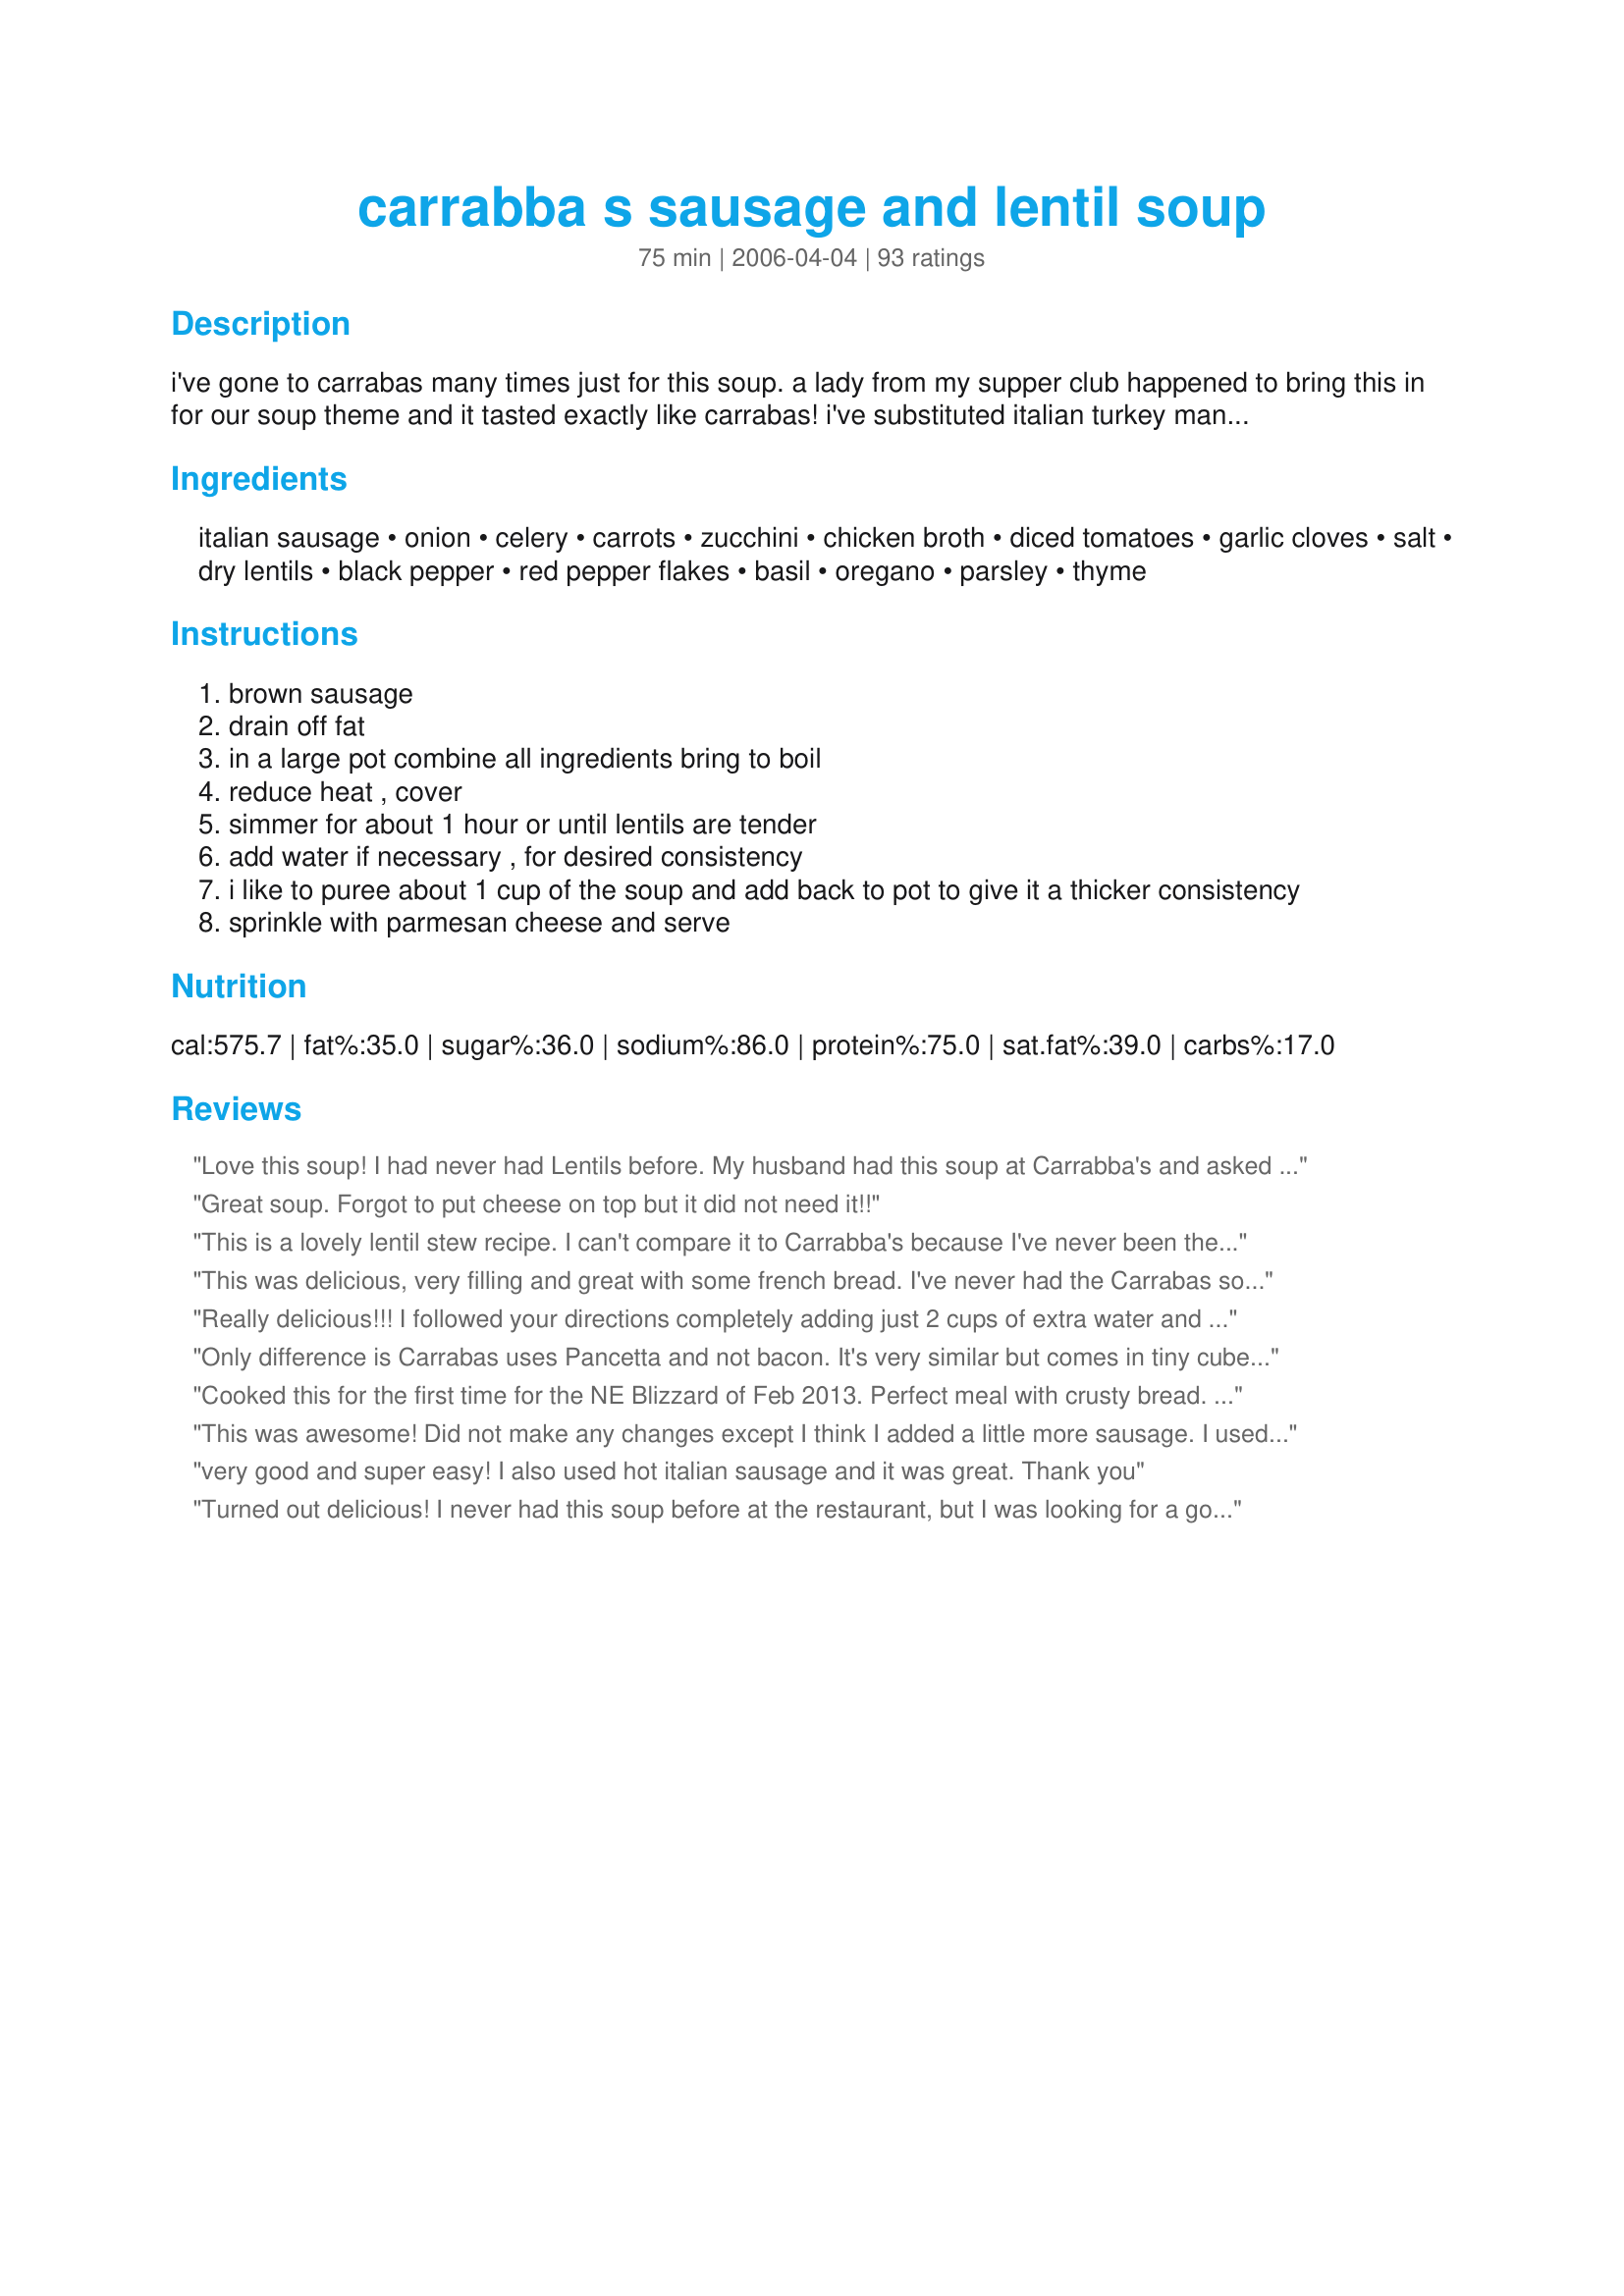
carrabba s sausage and lentil soup
Preparation time: 75 minutes

i've gone to carrabas many times just for this soup. a lady from my supper club happened to bring this in for our soup theme and it tasted exactly like carrabas! i've substituted italian turkey many times and you would never notice the difference. you might also want to sprinkle some fresh basil and parmesan cheese on top. its good with a crusty piece of bread!

Ingredients:
italian sausage, onion, celery, carrots, zucchini, chicken broth, diced tomatoes, garlic cloves, salt, dry lentils, black pepper, red pepper flakes, basil, oregano, parsley, thyme

Steps:
brown sausage
drain off fat
in a large pot combine all ingredients bring to boil
reduce heat , cover
simmer for about 1 hour or until lentils are tender
add water if necessary , for desired consistency
i like to puree about 1 cup of the soup and add back to pot to give it a thicker consistency
sprinkle with parmesan cheese and serve

Reviews:
Love this soup! I had never had Lentils before. My husband had this soup at Carrabba's and asked if I could make it. This is a definate keeper! The only changes I made were that I did not add zuchinni and I used 4 cans of chicken broth.
Great soup. Forgot to put cheese on top but it did not need it!!
This is a lovely lentil stew recipe. I can't compare it to Carrabba's because I've never been there to try their version, but this lentil stew is richly flavorful. A couple helpful tips: Add 2-3 more cups of broth to thin it out(it won't be runny)and plan ahead for this meal by purchasing fresh herbs such as basil, oregeno, thyme and parsley--freshly ground pepper(I like to use peppercorn medley)will add so much more zest than store bought ground pepper. I made Albers sweet corn bread to go with it. Forgot the parm at the end, but there's always tomorrow night! Thanks Boo's Mom for sharing your wonderful lentil stew recipe:-)
This was delicious, very filling and great with some french bread. I've never had the Carrabas soup, but this recipe stands well on its own.
Really delicious!!! I followed your directions completely adding just 2 cups of extra water and a dash of cayenne. I simmered for about 2 hours and the lentils were perfect! This is a definite keeper!! Thanks!
Only difference is Carrabas uses Pancetta and not bacon. It's very similar but comes in tiny cubes and it will make it more authentic. Also the Carrabas version does not include Zucchini it becomes moosh in the soup. Everything else is spot on.
Cooked this for the first time for the NE Blizzard of Feb 2013. Perfect meal with crusty bread. I used pre-cooked spicy chicken sausage that I simply sliced and put in at the beginning with all the other ingredients. Since no measurements were provided on the herbs I put in 1tsp of everything it asked for. I also added an extra 1/2 cup of lentils and a can of Guiness Stout. It was absolutely delicious!
This was awesome! Did not make any changes except I think I added a little more sausage. I used to work at Carrabba's and this is a great copycat recipe!
very good and super easy! I also used hot italian sausage and it was great. Thank you
Turned out delicious! I never had this soup before at the restaurant, but I was looking for a good recipe for lentils. This turned out great! I put it in the crockpot for four hours on high.
I really liked this. We eat a lot of beans and lentils so I'm always looking for new recipes. I added extra veggies, balsamic vinegar and fresh parsley at the end. It makes a huge pot of soup and I am thrilled to have the extras to take to work. Will probably freeze some as well. Thanks Boo's Mom!
I followed the directions, with the exception of soaking the lentils for about an hour 1/2 first. I wish I had only added 1 -1/2 cups instead of two because the soup turned out a little thick. The flavor is delicious, but not exactly like Carraba's. I do wish I had tried the red wine vinegar addition, and will add it next time. All in all, a very good soup recipe. Thanks!
Absolutely delicious. I made this exactly as written except that I also added a large chopped jalape&ntilde;o pepper. We are having leftovers for lunch tomorrow and I expect it to be even better. The cheese garnish would have been perfect. I wish we had some. Next time!
Very nice soup. I used crumbled polish-style deer sausage, and cooked my onions briefly before adding to the soup. I also reduced to 1 1/2 cups lentils, but otherwise followed the recipe. I used red lentils, btw.
4 stars because there's no mention of what to do with the garlic cloves (throw them in whole? mince them?) or amounts for any of the spices - I know, most people adjust to taste, but it's nice to have a starting point.
Fantastic and really easy. I added a splash of white wine. This soup made the house smell wonderful. Loved the leftovers even more.Thanks so much for posting.
I'm really happy to have found this recipe as this is one of the best soup we've ever had. It was so quick and easy to throw together and I got sort of creative along the way. I had some spinach that needed a home so I chopped it up and threw it in. I also gave it a healthy shot of red wine vinegar (after reading other reviewers comments) and then I dosed it with some Tabasco for good measure. This is an excellent recipe to clean out your fridge of assorted vegetables. It's also an excellent OAM recipe. It makes a huge pot of soup and I shared the bounty with an invalid and I froze lunch-size portions. As for one reviewer's comment that it was too thick....add water, duh! I think I added about an extra 3 cups of water and my soup was delicious and creamy and I didn't puree any of it, it did it all on it's own. I (and my daughter who already snagged the recipe from me) will definitely be making this again and again....it was an instant family favorite. Thanks so much for posting this recipe Boo's Mom.
Great recipe always tastes amazing. I use a Crock-Pot and let mine simmer and cook that way. Takes longer but it's well worth the wait!
this was good, but not as good as carrabas version. It was easy to make and we felt that 1 1/2 cups of lentils would have made for a better texture. Thanks.
This recipe totally explains the wrong way to make this soup. Your readers should definitely saute the veggies first to soften them and deepen their flavor. Onions first then celery and carrots.
Love this soup, I used italian turkey sausage because that is what I had on hand, fresh herbs and zucchini from garden and some home canned tomatoes and it was excellent! It freezes really well too.
It's a keeper for sure! The whole family enjoyed it! So easy to make. I used a lb of sweet Italian sausage and 1/2 of regular Italian sausage. Held out the red pepper flakes so my kids would eat it. But I added Crystal in my bowl.
Delicious!I added fresh corn that I cut off the cob the last 10 minutes of cooking. It a slight sweetness which complimented the spiciness. Yum!
I absolutely love this soup! I used hot Italian sausage and included some kale. The soup was just wonderful -- a perfect balance ..... and who knows .... maybe better than Carrabba's. I like to top it with a shake of Frank's hot sauce instead of cheese ..... the vinegar in the sauce really rounds out the soup. Thank you for a great recipe!
Carrabas!!?!??! Who's that????????? ... I always use home made chicken stock as the base to a good soup. I put a bulb of garlic and a handful of peppercorns in with the carcus. I sauteed the dried herbs with the vegetables, then took one cup out to blend it. But along with that cup put a good handful each of fresh oregano and basil, then added this back to the soup. No seasoning required! I will be making this my go to now! Forgot to add the tomatoes, and the garlic is in my stock, i used hot sausage and never added red pepper flakes, but this soup is better than the one i had in Carrabas at the weekend
Delicious! Used 1 tsp. red pepper flakes, basil, oregano and parsley, 1/2 tsp. black pepper, and 1/4 tsp. ground thyme. Some of us added a little hot sauce to our portions. Didn't have zucchini on hand, but will add that next time. Can't wait to have the leftovers for lunch today! Thanks for sharing this!
Made this last night. Absolutely fantastic. my hubby does not like soup for a meal, he loved this one. I did saute the carrots, celery, and onion in the pan that I browned the sausage in just to pick up the flavor left behind. Then I deglazed the pan with a bit of the chicken broth. I will be making this often.
I am not rating this as a comparison to Carrabba's, because I have never tried theirs. The flavor of this soup was a bit bland, and I cannot put my finger on why. I added about 1T of basil, oregano and parsley and 1t of thyme, pepper. I might increase those a bit, use crushed tomatoes instead of diced and 1/2 to 1 cup less of lentils next time. Definitely worth a second attempt.
What a delicious recipe! Mine came out more like a stew but I loved it. I will definitely have to try the Carraba's version sometime soon!
This is a wonderful soup and it makes a lot. Each time I heated it it got better and better. I was so sad when it was all gone. I will be making this one often. Thanks for sharing your wonderful recipe.
this soup is so yummy!!! added more zucchini and sprinkled some parm. cheese on top. Served with a nice salad, crusty bread! thanks for this recipe, it's a keeper
This is a fabulous soup!
This is awesome, tastes just like the soup at carrabas. I took the advice of a previous reviewer and added the red wine vinegar and it tasted even better.
This soup is excellent and tastes just like Carrabba's! I used low-sodium chicken broth, 1 can of diced tomatoes, a pound of dry brown lentisl and 24 oz of Johnsonville breakfast sausage because it was on sale. I added 1/2 tsp of each of the spices except red pepper flakes - I reduced that to 1/4 tsp and it was the perfect amount of heat! I will definitely be making this again.
Very good soup; we recommend pureeing 1-2 cups to thicken it up! :)
Came out GREAT!! My BF loved it more than the real thing at Carrabba&#039;s!!! I did use two pounds of meat instead of one to make it hearty!!!
Excellent! Easy to prepare and delicious!
Such a great soup! Very similar to Carraba's. I'm always on the hunt for their recipes; it's my favorite restaurant. I also add a little red wine vinegar and sprinkle it with parmesan. Thanks for the recipe!
Just made this last night and I can't stop raving about it! I took some suggestions from other reviewers by adding spinach, red wine vinegar and some hot sauce.
I let the soup simmer for about two hours until it was more a stew consistency, just a personal preference.
Thanks so much for posting, I'm adding this to my permanent soup collection!
I used a chicken Italian sausage and left out the zucchini (my daughter's allergic) and this was deeeelicious! Super satisfying and filling. I can tell that I'll be making this often. Thank you!
It does taste like a night out at Carrabba's! We used one teaspoon of each of the seasonings including the red pepper flakes; along with the spicy Italian sausage it had the perfect "zing" to it! We were out of parmesan so sprinkled with some shredded mozzarella which was delicious. Note: 2 cups dry lentils=one 14 oz. pkg...next time I won't have to measure and there will be a next time! YUM!
I loved this soup! It tastes just like the Carrabas version. I use Italian Turkey Sausage in it and it tastes great. I make this in large batches and freeze it for my lunches at work. LOVE IT!
I sort of combined this recipie & #195763 ... it hasn't even finished cooking yet & I'm tasting every time I walk by ... YUMMY!! Thank you!

My changes: 1st. removed casings from 1-package of grocery brand sweet italian turkey sausage (about 1.4 pounds) & browned without oil in my soup pan, removed sausage & drained off all fat, then in same pan and about 1-2 Tablespoons olive oil sauteed: 2 smaller carrots diced (none really 'large'), roughly an equal amount of diced celery, the onion, and 4 cloves garlic (they were small) til tender, added back in sausage, 6c. boxed low sodium veg. stock, subbed cilantro for parsley, everything else listed plus some fennel seeds & bay leaf ... added the zucchini & some chopped fresh green beans .... THANK YOU. Thinking seriously about transferring to larger pot & adding a package of frozen spinach. Haven't tried with vinegar yet. Excellent -- try it!
Had to substitute haricot beans and red lentils for the brown lentils and eggplant for the zucchini so my soup was different to the one in the recipe. Nevertheless we loved it - added the red wine vinegar to our individual bowls. The vinegar adds another dimension of flavour. I'll definitely make this again - as stated in the recipe this time.
You didn't put how much basil, parsley, black pepper, red pepper flakes,thyme or oregano to use? Also is the basil, oregano,and thyme fresh or dried?
My family found this yummy! We did everything per recipe and it turned out good. Thanks for a keeper!
A few weeks back I had been looking for a recipe for lentils I had in the cupboard and came across this recipe. I've never tried this soup at Carrabba's but this recipe is a keeper. Excellent flavor and a great cold weather comfort food. I'll be making this one again when the cold weather rolls around again. Thanks for sharing it.
Good soup, perfect for a late winter's dinner. Thanks for sharing the recipe! For those of you who like quick, take the veggies required and put them all in a food processor...waa-la! Everything is chopped and ready!
I loved this recipe! It was simple to prepare and it was a warm and hearty meal. Thanks
This is tasty, but I prefer lentil soup made with smoked turkey or pork.
Great soup. I didn't have zucc. but made the rest as written. Loved the spice of this soup.
Wow! This was VERY tasty! My only tweaks were to substitute a can of Rotel tomatoes for one of the cans of diced tomatoes (Rotel always adds such great flavor), and to use 2 zucchini instead of 1. I also used hot italian turkey sausage. This was fabulous! I took the leftovers to work and shared it around and everyone was raving. :-) Thanks for a great new recipe to add to my standards!
This recipe is awesome! It is exactly what I was looking for. I use chicken italian sausage to cut down on the fat. It is only 4.5 gms of fat and 140 calories in 4 ounces. Much less than regular italian sausage. My husband even likes this and he is a "meat and potatoes" kind of guy. It freezes well too. If you are looking for something like Carrabba's soup, this is it! Enjoy.
This soup is amazing. My children even liked it. I did put in 12 more ounces of diced tomatoes. I added two cups of water. I also simmered it for an extra hour. It was so good. Thanks
This was SO yummy. I used hot italian sausage and that plus the cracked red pepper gave the soup a nice kick. I didn't have any zucchini so I left it out but next time I'll try putting it in. I used red lentils and they were nice and tender after an hour.
OMG, I had some leftover sausage we had grilled and some dried lentils in the pantry. I decided that since I love Carrabba&#039;s Sausage and Lentil Soup that I would look online for the recipe. Since I&#039;m allergic to black pepper so I substituted with Cayenne PepperI am so glad I found this recipe! Tried my hand at it for the first time and it taste so awesome. Thank you Boo&#039;s Mom for sharing. I&#039;m enjoying a bowl as we speak and this is going in my special collection of recipes.
This was fantastic! My husband had the soup @ Carraba's and loved it, so I was excited to find this recipe. I followed the recipe exactly (used 1/2 tsp of each of the spices) and it was delicious! My hubby, who NEVER eats leftovers, took several containers of this to work to heat up at lunch. This will become a frequent winter meal at our place!!
I made this for my wife and daughter. I did add some bow tie pasta and a 1/2 cup red wine, 2 small potatoes cut up, and 1 more stalk of celery and Fennel. It turned out amazing!
Used this recipe many times and love it! I make it both on the stove and in the crockpot. I don&#039;t add the red pepper so my kids really enjoy this soup too. Try it...it won&#039;t disappoint!
My husband keeps raving about this soup. I browned the sausage and all the veggies and then put them in the crock pot. I boiled the lentils (I used red lentils) in chicken broth for 30 minutes. I probably used 1.75 cups lentils and 4 cups broth. Then I put everything in the crock pot on low for about 5 hours. It was thick like stew. I used two pints of my homemade canned tomatoes. 1tsp of all the spices except 1/2 of thyme because it's not my favorite. Served with a dollop of sour cream and extra hot pepper flakes for a few of us.
My wife and I loved this soup at Carrabba's, and this is a perfect copy.
The soup from Carrabbas has bacon so I added a pound of smoked bacon. I also added 1/4 tsp of fennel seeds and a bay leaf. I omitted extra salt and red pepper flakes because I used hot sausage and 1.5 cartons of chicken broth with salt and figured everyone could adjust theirs to taste. Everyone loved it! Also, I threw everything into the crockpot and let it cook on low for about 4 hours rather than cooking it on the stove top (I did brown and drain the sausage and bacon.) Will make this again and again, especially in the cold months.<br/><br/>Update 12/14/2012: I have now officially mastered the soup! Have made this more than a dozen times since that first review. I now freeze the smoked bacon in the package for an hour before cutting it into 1/4 inch pieces, then bake it at 400 degrees for about 20-25 minutes instead of frying. I drain the bacon and the sausage but I do saute the chopped veggies (just onion, carrots, and celery--no zucchini) in a few spoons of bacon fat. I also puree about 1/3 to 1/2 with my immersion blender when it's close to done. Wow, it can't possibly get any better than this!
I have never eaten this soup at Carrabbas but it was DELICIOUS! I used bratwurst sausage, substituted kale for zucchini and only seasoned it with pepper, and it was soo good! Hearty and healthy, I will definitely make this again soon! I loved it with parmesan cheese on top too.
We've never been to Carrabas, having made this soup yesterday for supper.......we may just have to go there....but not for this soup! Because I doubt theirs could be any better than this one! Wonderful! Really wonderful! DH had 2 large bowls and said if he weren't so full, he'd love another one! Definitely will be making this again and soon! Thank You so much for posting this!
Wonderful recipe! My husband loves this soup and requests it quite often. Thanks for posting it!
I made this Sunday and it turned out yummy! Not to mention easy to make. I also get this whenever I eat at Carrabbas!
This soup was awesome. I didn't have zucchini, so I subbed in frozen spinach. I accidentally added a little too much red pepper flakes, but my fiance and I loved it anyways! 1.5 hours was the perfect amount of time for this to cook since I put 10 cups of water in to account for 2lbs of sweet italian sausage. Plenty for lunch the next day and to freeze. Thanks! We will make this again.
Couple things I did differently: Added 1 box of frozen cream corn (took most of the cream off), added 5 med-large carrots, 5 celery ribs, 1-8oz can of diced tomatoes with juice, 1 whole garlic bulb (love garlic) & about 52oz total of chicken broth (I bought a 48 oz can & then added about 3-4 more ounces until it was as brothy as I wanted). <br/><br/>My own touch: 1/2 c parmesan cheese in the pot, dash of cinnamon & 1/2 tsp of lime zest. <br/><br/>You can also sprinkle parm cheese on top of your individual bowl if you love cheese, I do!<br/><br/>I added about 2tbs of basil & oregano & about 1tsp of thyme---all fresh. <br/><br/>I food processed everything except the lentils, diced tomatoes, corn and celery. I even processed the sausage after cooking, so there'd be no large chunks of sausage.<br/><br/>Wash the lentils first!<br/><br/>**Also I used fresh Italian parsley, about 3/4 cup, Kroger's regular parsley looked horrible!<br/><br/>Salt, pepper and red pepper flakes to taste.<br/><br/>After it boils, letting it simmer for hours really helps, I accidentally left mine on the stove on low for 7 hours!! You could boil it on the stove then transfer to a crock pot and let it do its magic all night! YUM YUM!
This was a really good lentil soup. I used the full amount of lentils, but followed others' suggestions and added 3 extra cups of broth, spinach and lemon (instead of the vinegar). I also added less salt, extra garlic and topped it with fresh Italian parsley. The flavors are great together. Generous portions, probably serves 10-12 big eaters.
I can't compair this to Carrabas, but this was amazing, and I got lots of compliments. I am not good at judging spice amounts, so I went to the community boards and asked for help. SuperSpike came to the rescue and gave me some suggested amounts to use. Black pepper 1/4 tsp if finely ground or 1/2 tsp if coarse. Basil 1 tsp, oregano 1 tsp, parsley 1 tsp and thyme 1/2 tsp. I used her suggestions exactly and I will use those again, amazing taste. Thank you for your recipe.
Love, love, love this recipe! Making it for the second time this week and doubling the recipe so I can share some with my daughter and son-in- law.
absolutely delicious!! husband used to work at carrabbas and says that it tastes just like it. thanks for posting!
We really liked this soup. My husband has it everytime he goes to Carraba's and we were searching for a recipe to make it at home. I think it is identical in taste, a little thicker in texture. It is delicious and will be one of our favorite recipes. Pretty easy to make too!
I loved this soup, well I love most soups, but this one is special. Even DH who is not a lentil fan liked it.
Awesome! Made as low sodium as possible, it was still awesome!!!
I made a double batch; everyone loved it.
This is one of those recipes where it&#039;s extremely easy to make, with delicious results that can feed lots of people at once. Use diced tomatoes with italian seasoning for a bit of added punch. I also used some Hungarian hot paprika in addition to the pepper flakes, along with hot/spicy italian sausage to give it a warm spiciness. Just don&#039;t eat too close to bedtime and you&#039;ll be alright.
Very nice soup. I used Boca Italian sausage, which worked just fine. I also left out the zucchini since I didn't have any, and it was still good soup.
This was really good and easy to make. Next time I think I'll use 1 1/2 cups of lentils instead for a little less thick soup. I did cook for an hour but the lentils still were not as soft as I would have liked so I might increase the cook time also.
I changed the recipe quite a bit bacause I sis not have all of the ingredients. I elimated the zucchini, instead adding baby bella mushrooms and spinich. I reduced the lentils to 1 1/2 cups, and at the end I added 2 additional cups of chicken broth (It was too think for me). After all of that the soup got rave reviews from my family. I will make again.
I thought this recipe was amazing (made it for my hubby) but I think the cooking times are a bit off. I cut the recipe in half & it took about 1 1/2 hours for the lentils to cook. I also had to add about 2 cups of water & 1 more cup of broth along the way. I simmered at a bit of a "hard" boil to get the cooking going a little faster, so the extra water may have been my fault! I used "rope" turkey sausage (sliced into small pieces) instead of ground turkey sausage (will keep that idea in mind!). I also didn't have zucchini & used about 1/4-1/2 tsp of the spices. Hubby really did enjoy this, so I think it was worth the extra time & extra effort! If he ask for it again, I'll make sure to add the extra water & broth in the beginning, and make sure to bargain in a good 1 1/2 hours of cook time! thanks for sharing!
I have real bacon crumbled in the refrig., always... so I threw in a handful..... perfect!!! This soup is excellent!!!
Great recipe except for the salt with over 2,000 mg per serving, that is over the daily recommend amount. Also, being Vegan I tweak it a little. Used 8oz of a vegan sausage substitute, and home made veggie broth (no salt), can tomatoes no salt. I used both dried and fresh herbs. With those changes I came up with 7 servings, 383 calories per serving, ands 375 mg of sodium. It has a good amount of protein @ 29 grams. Thanks for the recipe!
This soup is amazing! The whole family enjoyed it. I used turkey sausage (hot italian).
Made it at home and everyone loved it! Went to Carrabba's and had it there. Not sure who's is better, but they were both delicious!
DH and I loved the soup! I didn't have zuchini and don't really care for it so I left it out of the recipe...used an italian seasoning grinder instead of each of the spices required and it came out excellent. Have enough for freezing so I'm going to give that a try.
Followed the recipe exactly and my wife, sons and their families all loved it.
My husband and I love it! Leftovers freeze well.
I have never eaten at Carrabas.
I have, however been on a mission to find a terrific lentil soup. This is it! I used ground hot sausage and used ground cayenne pepper instead of flakes. This is absolutely perfect! I may use more zucchini next time but why mess with perfection? Weekly rotation, for sure!
I can't thank you enough.
Simply great! Followed recipe using 1/2 tsp of all mentioned spices plus added 1 bay leaf. Used 8 cups chicken broth with 2 cups Lentils, and ground sweet Italian sausage. Blended 2 cups after simmering 50 min and added back for the final 10 min simmer. Added diced all beef Kielbasa the second time I made it ... also great. Served with Portuguese rolls. Fantastic.
LOVE!! I added almost double the amount of vegetables because I love veggies. Besides that I followed the recipe and this is the best soup I've ever made!
This was delicious! I used a potato instead of zucchini, because I didn't have one. I used beef bullion because I am out of chicken. I used two New Orleans style sausages instead and 1/2 lb of ground beef because its what I had. I also needed to add two more cups of water and it was still nice and thick. I added 1/2 tsp of each of the spices listed, well except the salt and pepper. I also threw in a handful of frozen spinach. I will definitely make it as posted when I have all of the ingredients on hand.
This recipe is amazing! I made it last night and it was delicious! I made a few changes though: 1) i didn&#039;t have celery so I didn&#039;t add it 2) i found that the recommended amount of chicken broth was not enough. I ended up putting in about 8 cups of low sodium chicken broth 3) i diced up one small red potato and added it. My boyfriend absolutely loved it! I served it with a toasted multi grain baguette and butter. Yum!
I used sweet italian turkey sausage and only 1 1/2 cups of lentils. This was wonderful soup! My whole family (all 7 of us) loved it! My 11 year old son was eating the leftovers for breakfast and declared that it was the best soup he'd ever had!
